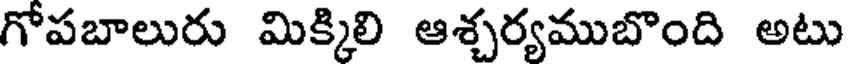
గోపబాలురు మిక్కిలి ఆశ్చర్యముబొంది అటు